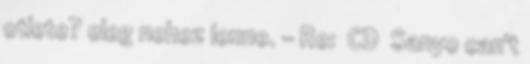
otlete? eleg nehez lenne. - Re: CD Sanyo can't